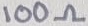
Text: 100Ω